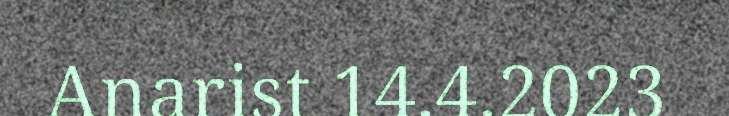
Anarist 14.4.2023